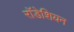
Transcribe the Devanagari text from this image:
राॅडेशियन